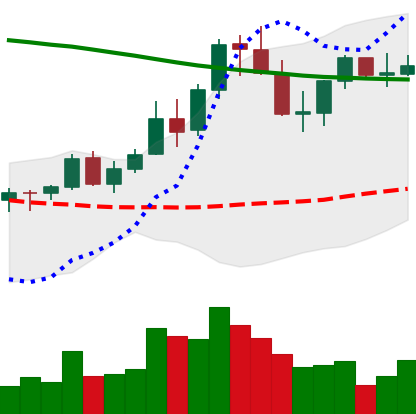
Ticker: XLM-USD
Chart end date: 2021-08-23
Forward return: -8.146%
Label: down_7plus